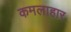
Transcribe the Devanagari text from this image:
कमलाहार